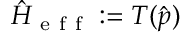
\hat { H } _ { \mathrm { ~ e ~ f ~ f ~ } } : = T ( \hat { p } )